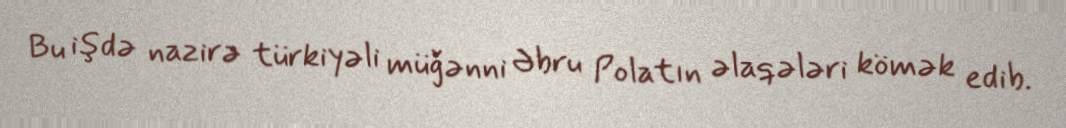
Bu işdə nazirə türkiyəli müğənni Əbru Polatın əlaqələri kömək edib.